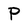
Character: P